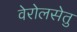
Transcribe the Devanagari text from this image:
वेरोलसेतु